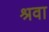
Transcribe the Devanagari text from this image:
श्रवा